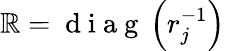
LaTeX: \mathbb{R}=\mathrm{{~d~i~a~g~}}\left(r_{j}^{-1}\right)